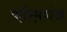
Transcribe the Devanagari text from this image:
करिमगंज